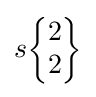
s{\begin{Bmatrix}2\\2\end{Bmatrix}}